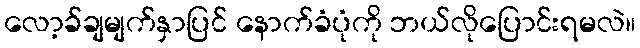
လော့ခ်ချမျက်နှာပြင် နောက်ခံပုံကို ဘယ်လိုပြောင်းရမလဲ။